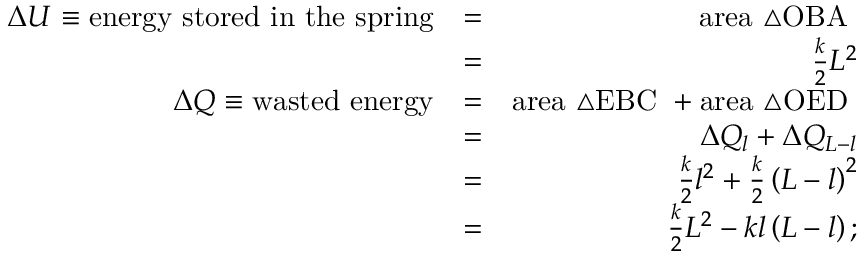
\begin{array} { r l r } { \Delta U \equiv \mathrm { e n e r g y ~ s t o r e d ~ i n ~ t h e ~ s p r i n g } } & { = } & { \mathrm { a r e a ~ \triangle { O B A } ~ } } \\ & { = } & { \frac { k } { 2 } L ^ { 2 } } \\ { \Delta Q \equiv \mathrm { w a s t e d ~ e n e r g y } } & { = } & { \mathrm { a r e a ~ \triangle { E B C } ~ } + \mathrm { a r e a ~ \triangle { O E D } ~ } } \\ & { = } & { \Delta Q _ { l } + \Delta Q _ { L - l } } \\ & { = } & { \frac { k } { 2 } l ^ { 2 } + \frac { k } { 2 } \left( L - l \right) ^ { 2 } } \\ & { = } & { \frac { k } { 2 } L ^ { 2 } - k l \left( L - l \right) ; } \end{array}